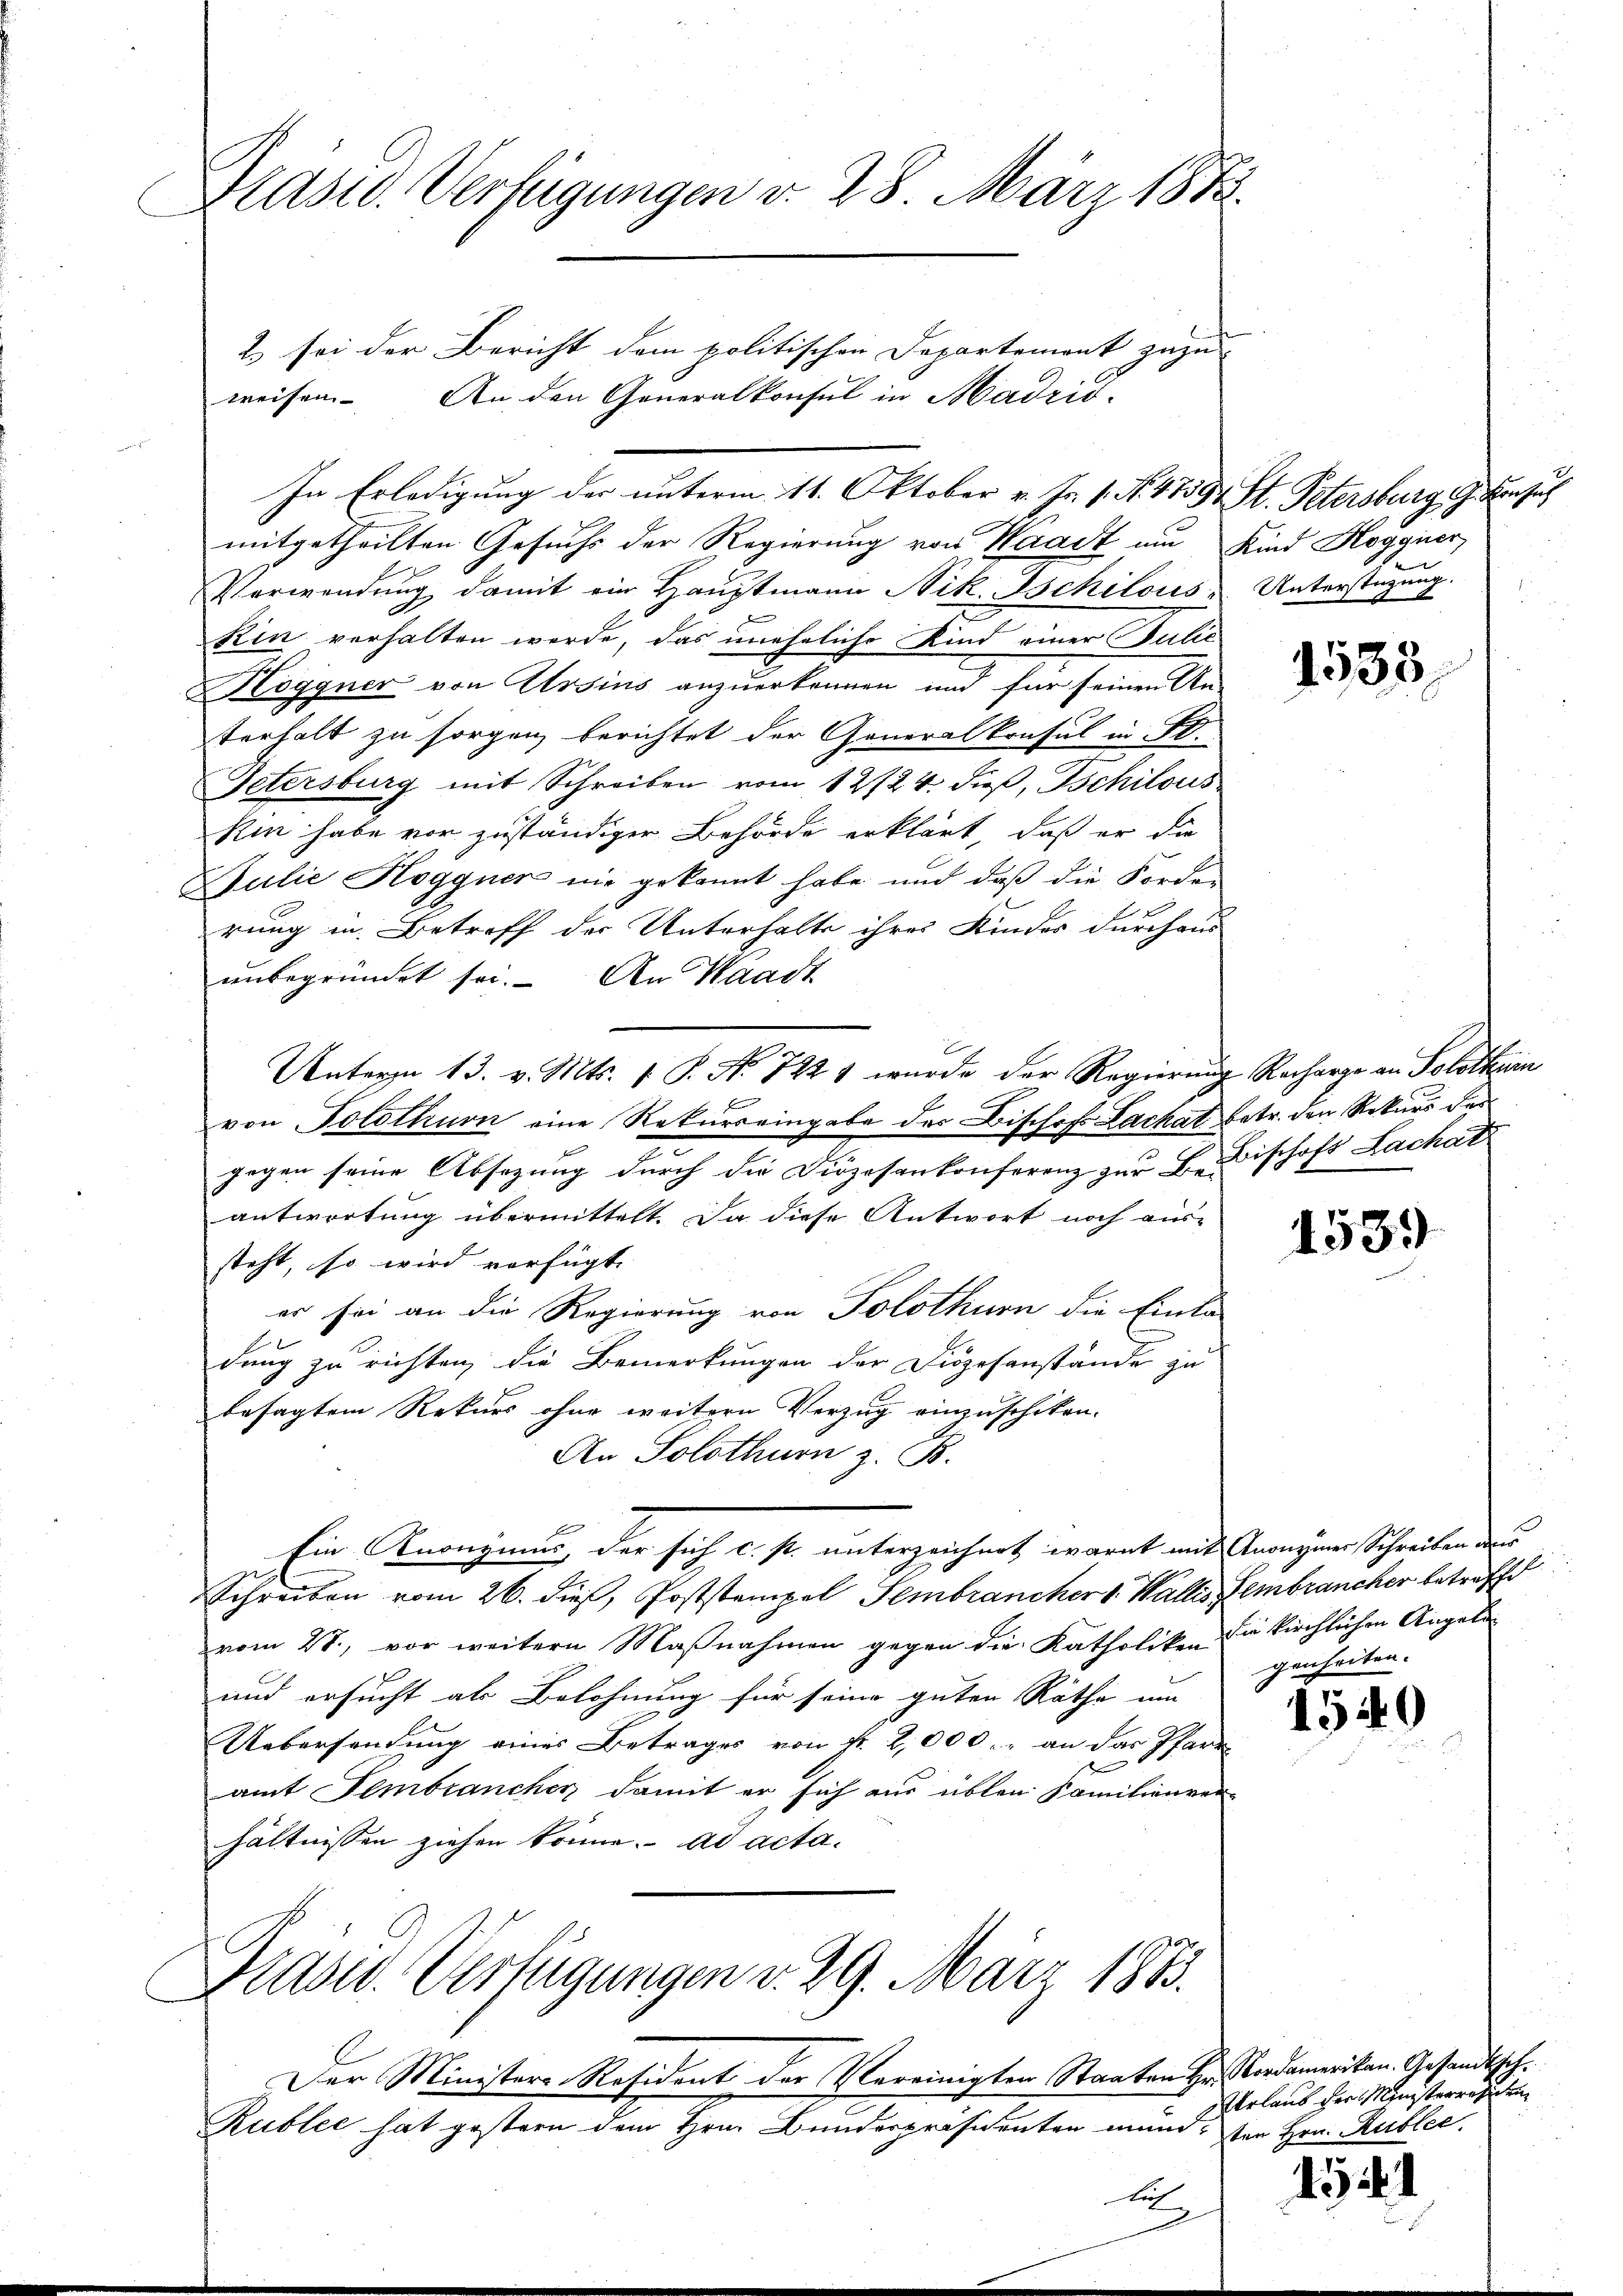
Präsid. Verfügungen d. 28. März 1883.

2) sei der Bericht dem politischen Departement zuzu-

mitgetheilten Gesuchs der Regierung von Waadt um Kind Hogguer
Verwendung damit ein Hauptmann Nik. Ischilous Unterstüzung.
Kin verhalten werde, das uneheliche Kind einer Julie
Hoggner von Ursins anzuerkennen und für seinen An-
terhalt zu sorgen berichtet der Generalkonsul in IV.
Petersburg mit Schreiben vom 12/24. dieß, Tschilous
kin habe vor zuständiger Behörde erklärt, daß er die
Julie Hoggner nie gekannt habe und daß die Forder
rung in Betreff der Unterhalte ihres Kindes durchau
unbegründet sei. An Waadt
Untern 13. v. Mts. 1. P. N. 7221 wurde der Regierung Recharge an Solotharin
von Solothurn eine Rekurs eingabe des Bischofs Lachat betr. den Rekurs der
gegen seine Absezung durch die Diözesenkonferenz zur Beischofs Lachatz
antwortung übermittelt. Da diese Antwort noch aus-
steht, so wird verfügt. |
er sei an die Regierung von Solothurn die Einla-
dung zu richten, die Bemerkungen der Diözesanstände zu
besagtem Rekurs ohne weitern Verzug einzuschiken.
An Solothurn z. B.
Ein Knonymus der sich c. fr. unterzeichnet warnt mit Anonymer Schreiben der
Schreiben vom 26. dieß, Poststempel Sembrancher v. Wallis Lembrancher betreffe
vom 21., vor weitern Maßnahmen gegen die Katholiken die kirchlichen Angele¬
und ersucht als Belohnung für seine guten Räthe um
Uebersendung eines Betrages von fl. 2,000.- an das Pfarr
x
amt Sembrancher damit er sich aus üblen Familienver-
hältnissen ziehen könne. ad acta.

weisen. An den Generalkonsul in Madrid-

In Erledigung der unterm 11. Oktober v. Js. 1. No. 4759, St. Petersburg i. Besuch

Der Minister-Resident der Vereinigten Staaten Hr. Cordamerikan. Gesand¬
Rublic hat gestern dem Hrn. Bunderpräsidenten mund. Von Hrn. Rubler.

Grase Verfügungen v. 29. März 1883.

lich

15

1533

1539

genheiten.

Verlaub der Ministerre

1

¬

u